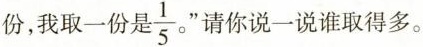
份，我取一份是\frac{1}{5}。“请你说一说谁取得多。